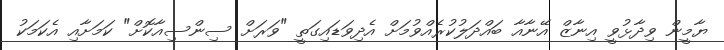
ޔާމީން ވިދާޅުވީ އިނާޒް އޭނާއާ ބައްދަލުކުރެއްވުމަށް އެދިވަޑައިގަތީ "ވަރަށް ސިންސިއާކޮށް" ކަމަށާއި އެކަމަކު